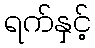
ရက်နှင့်